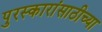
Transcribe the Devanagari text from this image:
पुरस्कारांसाठीच्या